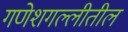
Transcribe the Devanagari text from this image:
गणेशगल्लीतील